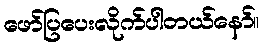
ဖော်ပြပေးလိုက်ပါတယ်နော်။